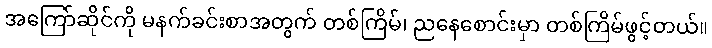
အကြော်ဆိုင်ကို မနက်ခင်းစာအတွက် တစ်ကြိမ်၊ ညနေစောင်းမှာ တစ်ကြိမ်ဖွင့်တယ်။